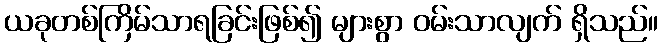
ယခုတစ်ကြိမ်သာရခြင်းဖြစ်၍ များစွာ ဝမ်းသာလျက် ရှိသည်။